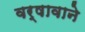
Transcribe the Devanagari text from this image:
वर्षावाने